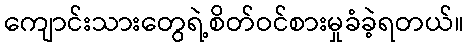
ကျောင်းသားတွေရဲ့စိတ်ဝင်စားမှုခံခဲ့ရတယ်။